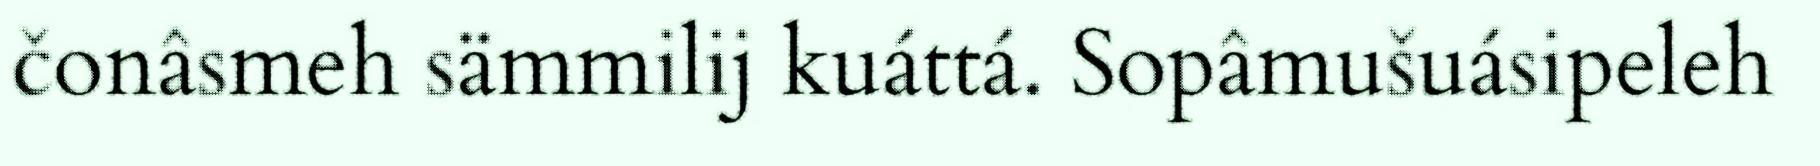
čonâsmeh sämmilij kuáttá. Sopâmušuásipeleh